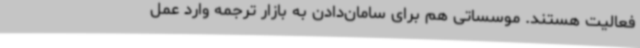
فعالیت هستند. موسساتی هم برای سامان‌دادن به بازار ترجمه وارد عمل